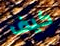
كيف